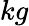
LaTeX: kg